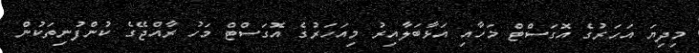
މިދިޔަ އަހަރުގެ އޮގަސްޓް މަހާއި އަޅާބަލާއިރު މިއަހަރުގެ އޮގަސްޓް މަހު ރާއްޖޭގެ ކުންފުނިތަކުން